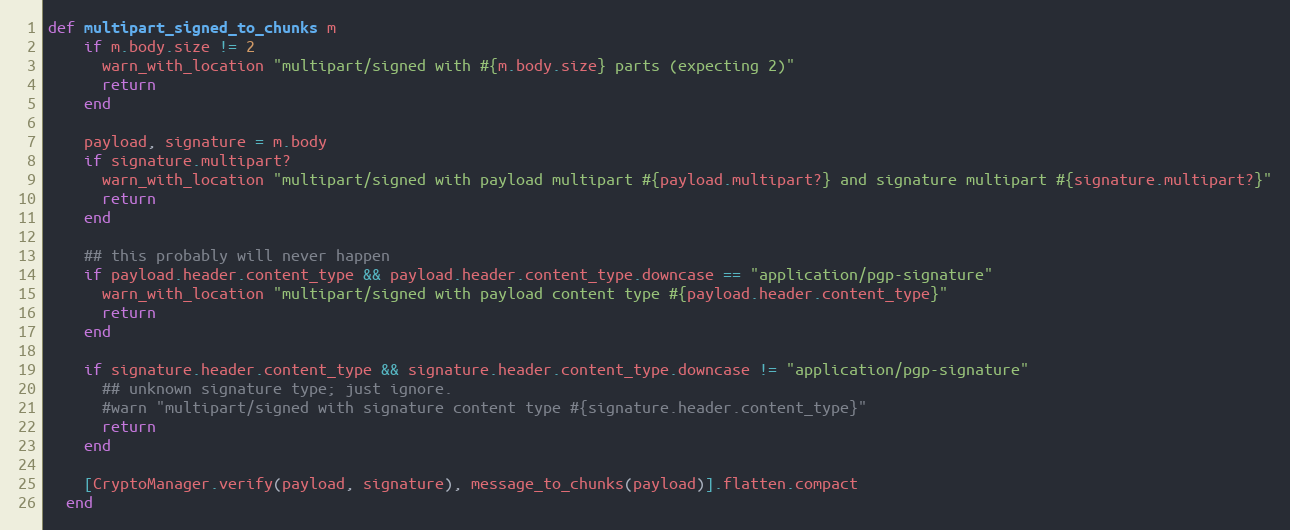
Language: Ruby
def multipart_signed_to_chunks m
    if m.body.size != 2
      warn_with_location "multipart/signed with #{m.body.size} parts (expecting 2)"
      return
    end

    payload, signature = m.body
    if signature.multipart?
      warn_with_location "multipart/signed with payload multipart #{payload.multipart?} and signature multipart #{signature.multipart?}"
      return
    end

    ## this probably will never happen
    if payload.header.content_type && payload.header.content_type.downcase == "application/pgp-signature"
      warn_with_location "multipart/signed with payload content type #{payload.header.content_type}"
      return
    end

    if signature.header.content_type && signature.header.content_type.downcase != "application/pgp-signature"
      ## unknown signature type; just ignore.
      #warn "multipart/signed with signature content type #{signature.header.content_type}"
      return
    end

    [CryptoManager.verify(payload, signature), message_to_chunks(payload)].flatten.compact
  end